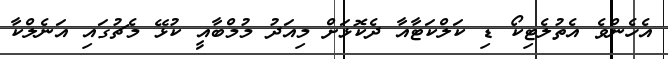
އެހެންވެ އެތުލެޓިކޯ ޑި ކަލްކަޓާއާ ދެކޮޅަށް މިއަދު މުމްބާއީ ކުޅޭ މެޗުގައި އަނެލްކާ